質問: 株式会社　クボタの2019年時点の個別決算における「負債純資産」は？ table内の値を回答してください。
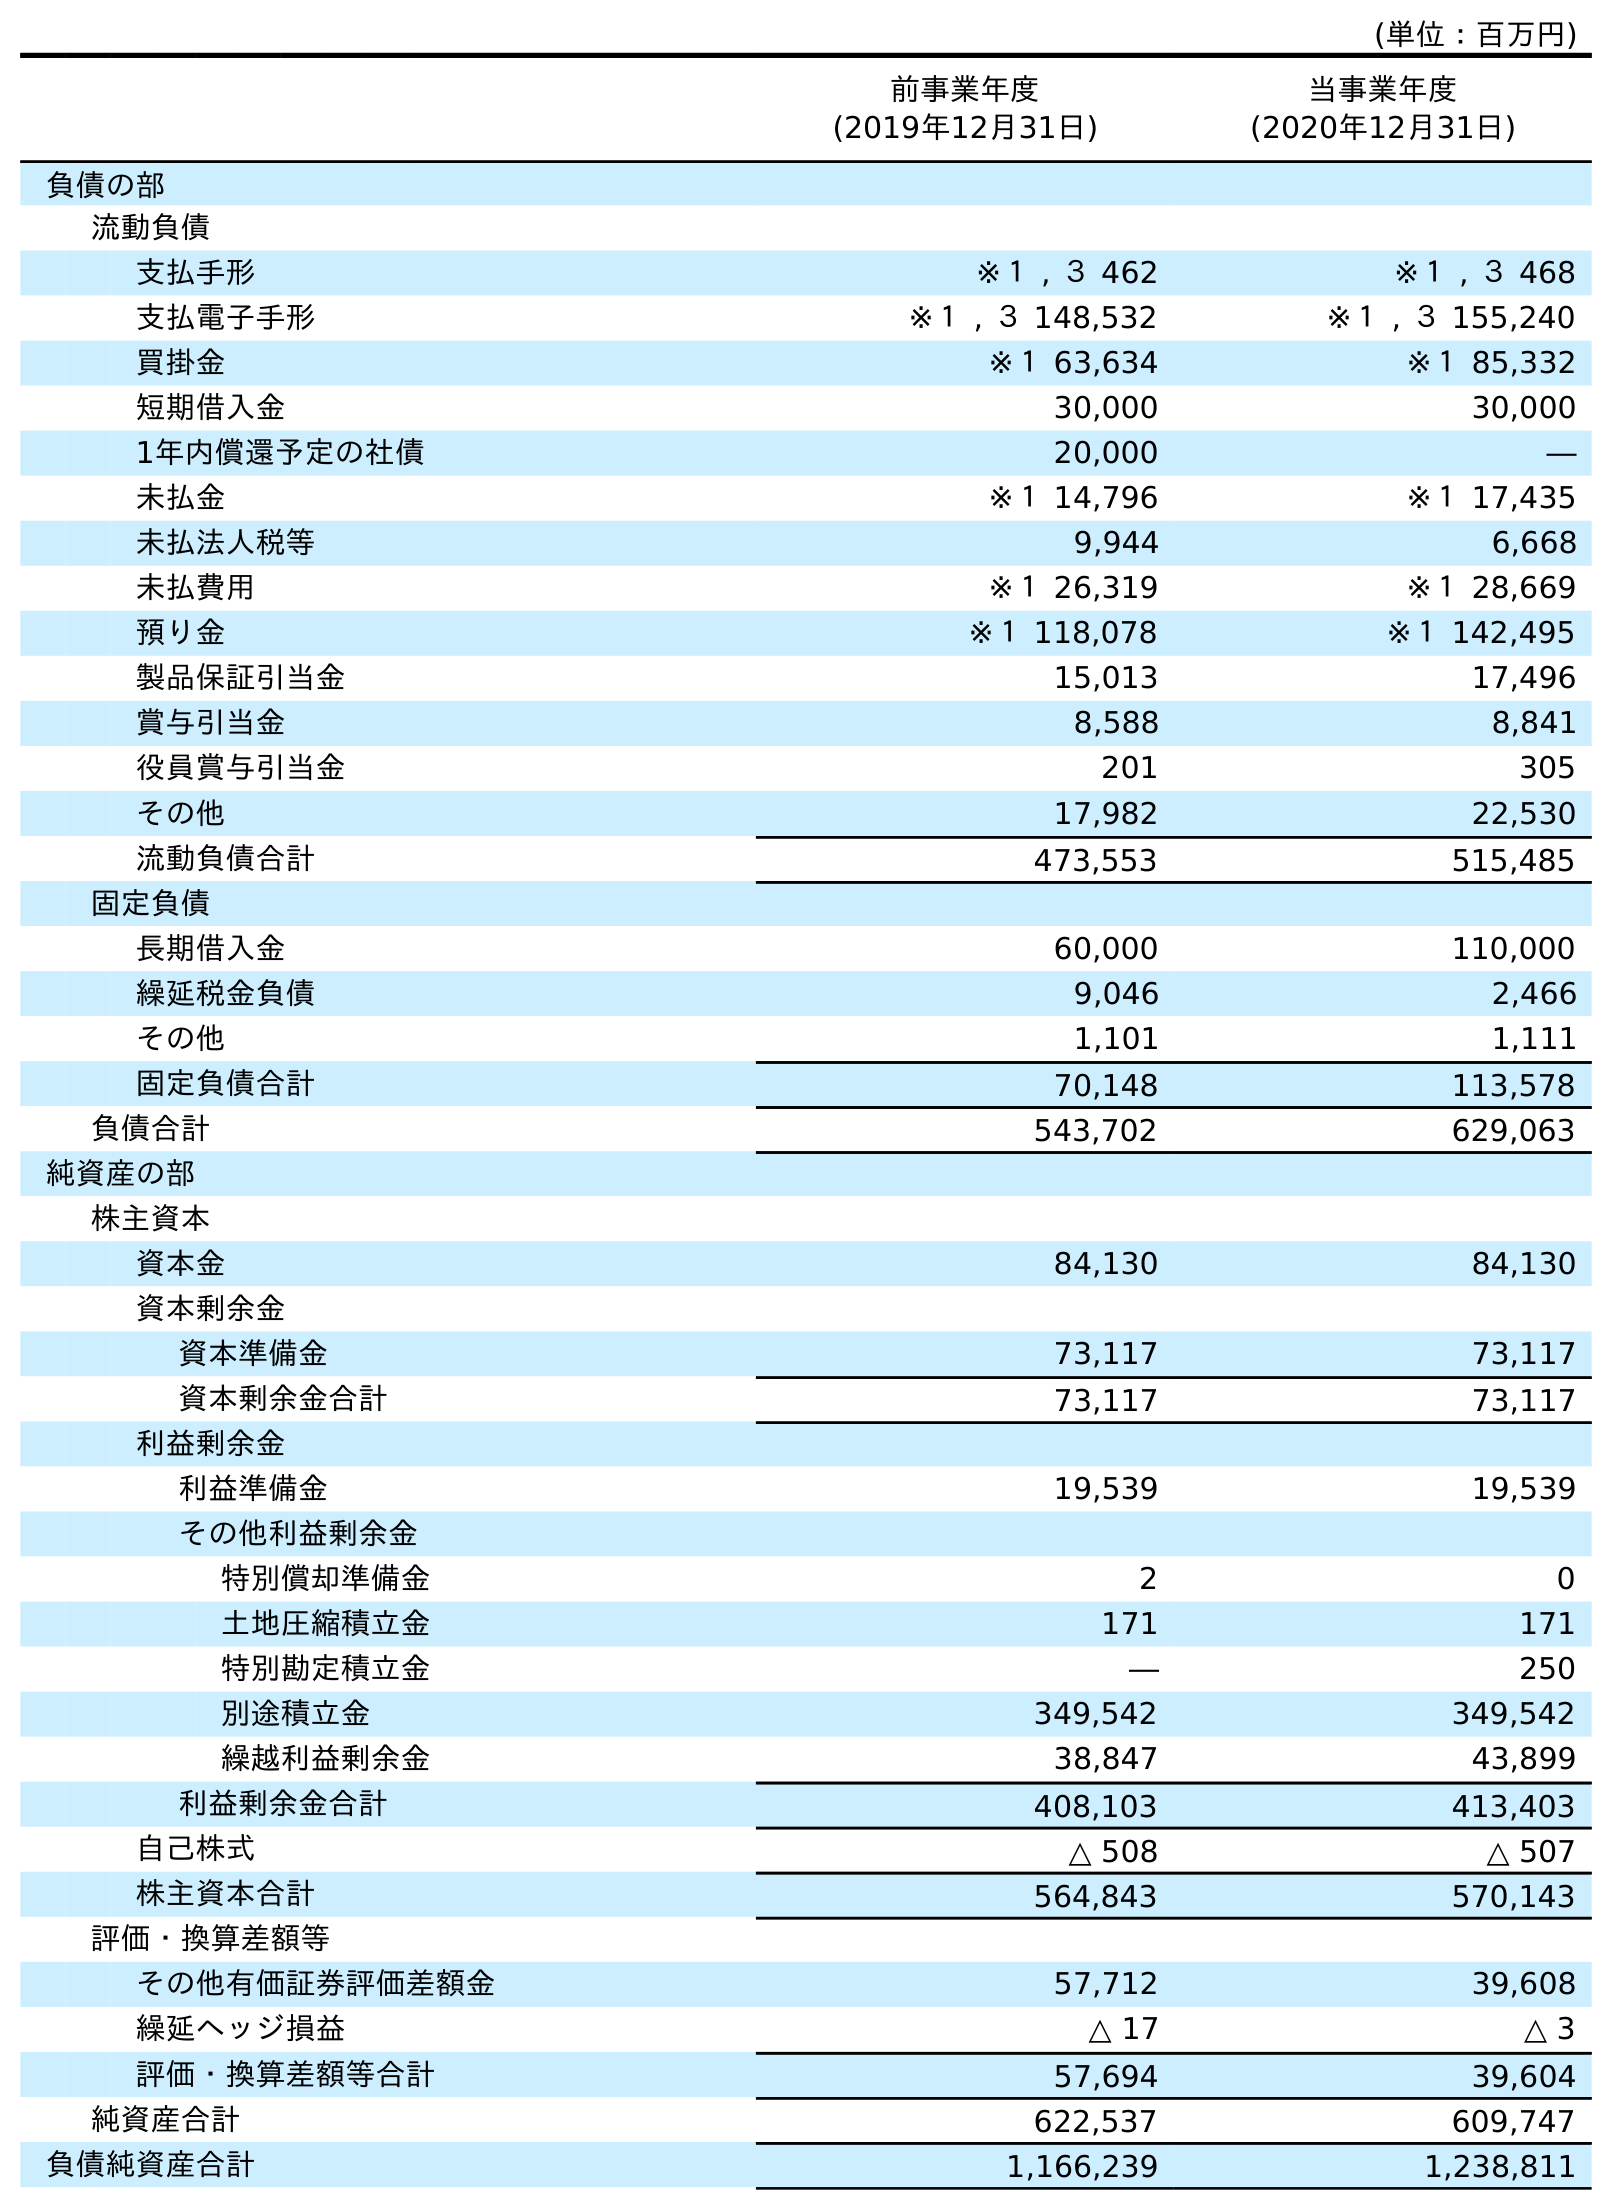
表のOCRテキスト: (単位：百万円) 前事業年度 (2019年12月31日) 当事業年度 (2020年12月31日) 負債の部 流動負債 支払手形 ※１ , ３ 462 ※１ , ３ 468 支払電子手形 ※１ , ３ 148,532 ※１ , ３ 155,240 買掛金 ※１ 63,634 ※１ 85,332 短期借入金 30,000 30,000 1年内償還予定の社債 20,000 ― 未払金 ※１ 14,796 ※１ 17,435 未払法人税等 9,944 6,668 未払費用 ※１ 26,319 ※１ 28,669 預り金 ※１ 118,078 ※１ 142,495 製品保証引当金 15,013 17,496 賞与引当金 8,588 8,841 役員賞与引当金 201 305 その他 17,982 22,530 流動負債合計 473,553 515,485 固定負債 長期借入金 60,000 110,000 繰延税金負債 9,046 2,466 その他 1,101 1,111 固定負債合計 70,148 113,578 負債合計 543,702 629,063 純資産の部 株主資本 資本金 84,130 84,130 資本剰余金 資本準備金 73,117 73,117 資本剰余金合計 73,117 73,117 利益剰余金 利益準備金 19,539 19,539 その他利益剰余金 特別償却準備金 2 0 土地圧縮積立金 171 171 特別勘定積立金 ― 250 別途積立金 349,542 349,542 繰越利益剰余金 38,847 43,899 利益剰余金合計 408,103 413,403 自己株式 △ 508 △ 507 株主資本合計 564,843 570,143 評価・換算差額等 その他有価証券評価差額金 57,712 39,608 繰延ヘッジ損益 △ 17 △ 3 評価・換算差額等合計 57,694 39,604 純資産合計 622,537 609,747 負債純資産合計 1,166,239 1,238,811
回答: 1,166,239